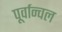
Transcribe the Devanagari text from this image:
पूर्वान्चल